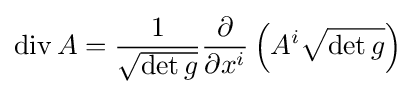
\operatorname {div} A={\frac {1}{\sqrt {\det g}}}{\frac {\partial }{\partial x^{i}}}\left(A^{i}{\sqrt {\det g}}\right)